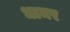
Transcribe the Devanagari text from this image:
धामर